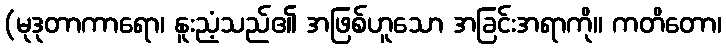
(မုဒုတာကာရော၊ နူးညံ့သည်၏ အဖြစ်ဟူသော အခြင်းအရာကို။ ကတိတော၊